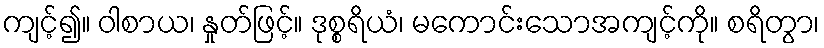
ကျင့်၍။ ဝါစာယ၊ နှုတ်ဖြင့်။ ဒုစ္စရိယံ၊ မကောင်းသောအကျင့်ကို။ စရိတွာ၊